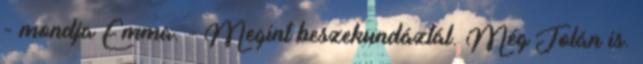
- mondja Emma. - Megint beszekundáztál. Még Jolán is.